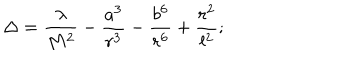
LaTeX: \Delta = \frac { \lambda } { M ^ { 2 } } - \frac { a ^ { 3 } } { r ^ { 3 } } - \frac { b ^ { 6 } } { r ^ { 6 } } + \frac { r ^ { 2 } } { l ^ { 2 } } ;